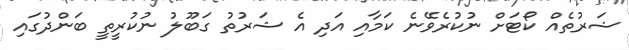
ޝަރުތެއް ކޯޓަށް ނުކުރެވޭނެ ކަމާއި އަދި އެ ޝަރުތު ގަބޫލު ނުކުރީތީ ބަންދުގައި